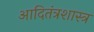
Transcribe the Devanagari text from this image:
आदितंत्रशास्त्र